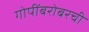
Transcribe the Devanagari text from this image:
गोपींबरोबरची